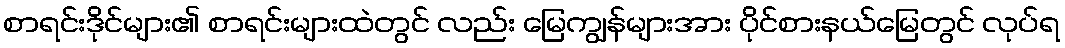
စာရင်းဒိုင်များ၏ စာရင်းများထဲတွင် လည်း မြေကျွန်များအား ပိုင်စားနယ်မြေတွင် လုပ်ရ